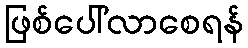
ဖြစ်ပေါ်လာစေရန်